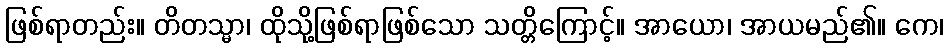
ဖြစ်ရာတည်း။ တိတသ္မာ၊ ထိုသို့ဖြစ်ရာဖြစ်သော သတ္တိကြောင့်။ အာယော၊ အာယမည်၏။ ကေ၊